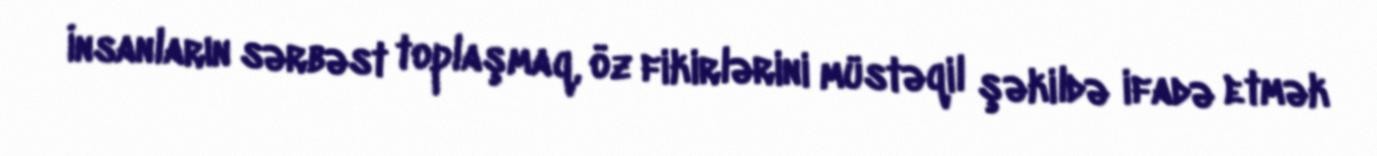
İnsanların sərbəst toplaşmaq, öz fikirlərini müstəqil şəkildə ifadə etmək